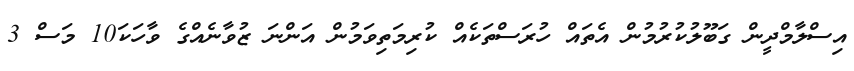
އިސްލާމްދީން ގަބޫލުކުރުމުން އެތައް ހުރަސްތަކެއް ކުރިމަތިވަމުން އަންނަ ޒުވާނެއްގެ ވާހަކަ10 މަސް 3